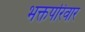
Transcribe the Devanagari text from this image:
भक्तपरिवार